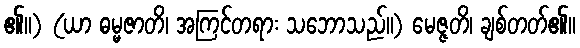
၏။) (ယာ ဓမ္မဇာတိ၊ အကြင်တရား သဘောသည်။) မေဇ္ဇတိ၊ ချစ်တတ်၏။